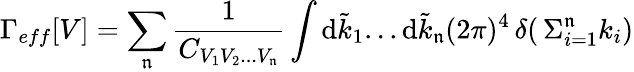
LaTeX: \displaystyle\Gamma_{eff}[V]=\sum_{\mathfrak{n}}\frac{{1}}{{C_{\scriptstyle{V_{1}V_{2}...V_{\mathfrak{n}}}}}}\int\mathrm{{d}}\tilde{{k}}_{1}...\mathrm{{d}}\tilde{{k}}_{\mathfrak{n}}(2\pi)^{4}\, \delta(\, {{\Sigma}_{i=1}^{\mathfrak{n}}k_{i}})